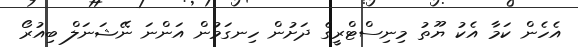
އެހެން ކަމާ އެކު ޔޫތު މިނިސްޓްރީގެ ދަށުން ހިނގަމުން އަންނަ ނޭޝަނަލް ބިއުރޯ